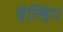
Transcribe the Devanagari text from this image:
बैल्डिंग